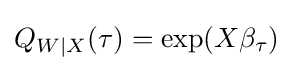
Q_{W|X}(\tau )=\exp(X\beta _{\tau })